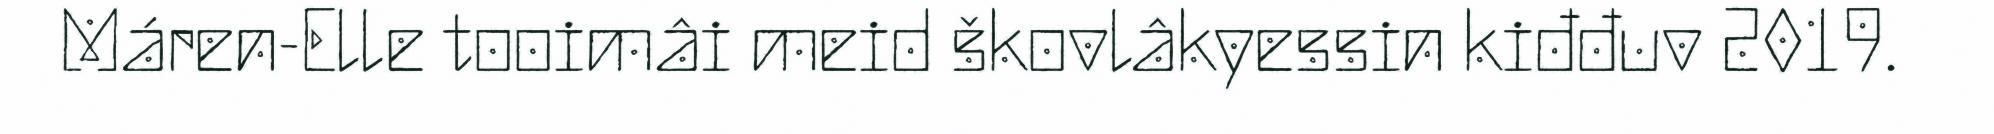
Máren-Elle tooimâi meid škovlâkyessin kiđđuv 2019.